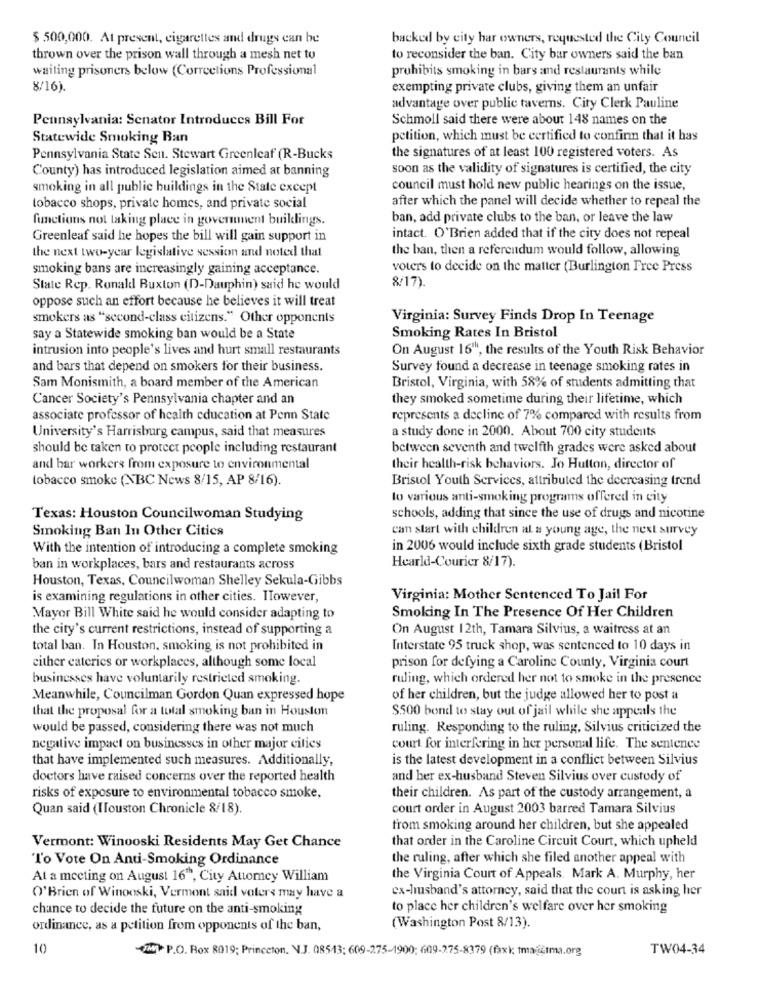
$ 500,000. At present, cigarettes and drugs can be
backed by city har owners, requested the City Council
thrown over the prison wall through a mesh net to
to reconsider the ban. City bar owners said the ban
waiting prisoners below (Corrections Professional
prohibits smoking in bars and restaurants while
8/16).
exempting private clubs, giving them an unfair
advantage over public taverns. City Clerk Pauline
Pennsylvania: Senator Introduces Bill For
Schmoll said there were about 148 names on the
Statewide Smoking Ban
petition, which must be certified to confirm that it has
Pennsylvania State Seit. Stewart Greenleaf (R-Bucks
the signatures of at least 100 registered voters. As
County) has introduced legislation aimed at banning
soon as the validity of signatures is certified, the city
smoking in all public buildings in the State except
council must hold new public hearings on the issue,
after which the panel will decide whether to repeal the
tobacco shops, private homes, and private social
functions not taking place in government buillings.
ban, add private clubs to the ban, or leave the law
Greenleaf said he hopes the bill will gain support in
intact. O'Brien added that if the city does not repeal
the ban, then a referendum would follow, allowing
the next two-year legislative session and noted that
smoking bans are increasingly gaining acceptance.
voters to decide on the matter (Burlington Free Press
8/17).
State Rep. Ronald Buxton (D-Dauphin) said he would
oppose such an effort because he believes it will treat
smokers as "second-class citizens." Other opponents
Virginia: Survey Finds Drop In Teenage
say a Statewide smoking ban would be a State
Smoking Rates In Bristol
intrusion into people's lives and hurt small restaurants
On August 16"", the results of the Youth Risk Behavior
and bars that depend on smokers for their business.
Survey found a decrease in teenage smoking rates in
Sam Monismith, a board member of the American
Bristol, Virginia, with 58% of students admitting that
Cancer Society's Pennsylvania chapter and an
they smoked sometime during their lifetime, which
associate professor of health education at Penn State
represents a decline of 7% compared with results from
University's Harrisburg campus, said that measures
a study done in 2000. About 700 city students
should be taken to protect people including restaurant
between seventh and twelfth grades were asked about
and har workers from exposure to environmental
their health-risk behaviors. Jo Hutton, director of
tobacco smoke (NBC News 8/15, AP 8/16).
Bristol Youth Services, attributed the decreasing trend
lo various anti-smoking programs offered in city
Texas: Houston Councilwoman Studying
schools, adding that since the use of drugs and nicotine
Smoking Ban In Other Cities
can start with children al a young age, the next survey
With the intention of introducing a complete smoking
in 2006 would include sixth grade students (Bristol
ban in workplaces, bars and restaurants across
Hearld-Courier 8/17).
Houston, Texas, Councilwoman Shelley Sekula-Gibbs
is examining regulations in other cities. However,
Virginia: Mother Sentenced To Jail For
Mayor Bill White said he would consider adapting to
Smoking In The Presence Of Her Children
the city's current restrictions, instead of supporting a
On August 12th, Tamara Silvius, a waitress at an
total ban. In Houston, smoking is not prohibited in
Interstate 95 truck shop, was sentenced to 10 days in
either eateries or workplaces, although some local
prison for defying a Caroline County, Virginia court
businesses have voluntarily restricted smoking.
ruling, which ordered her not to smoke in the presence
Meanwhile, Councilman Gordon Quan expressed hope
of her children, but the judge allowed her to post a
that the proposal for a total smoking ban in Houston
$500 bond to stay out of jail while she appeals the
would be passed, considering there was not much
ruling. Responding to the ruling, Silvius criticized the
negative impact on businesses in other major cities
court for interfering in her personal life. The sentence
that have implemented such measures. Additionally,
is the latest development in a conflict between Silvius
doctors have raised concerns over the reported health
and her ex-husband Steven Silvius over custody of
risks of exposure to environmental tobacco smoke,
their children. As part of the custody arrangement, a
Quan said (Houston Chronicle 8/18).
court order in August 2003 barred Tamara Silvius
from smoking around her children, but she appealed
that order in the Caroline Circuit Court, which upheld
Vermont: Winooski Residents May Get Chance
L'o Vote On Anti-Smoking Ordinance
the ruling, after which she filed another appeal with
At a meeting on August 16", City Automcy William
the Virginia Court of Appeals. Mark A. Murphy, her
ex-husband's attorney, said that the court is asking her
O'Brien of Winooski, Vermont said voters may have a
chance to decide the future on the anti-smoking
to place her children's welfare over her smoking
ordinance, as a petition from opponents of the ban,
(Washington Post 8/13).
10
UM P.O. Box 8019; Princeton, N.J. 08543; 609-275-1900; 609-275-8379 (faxk; tmaatma.org
TW04-34